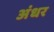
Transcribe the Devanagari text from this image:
अंधर